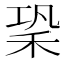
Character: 䅃